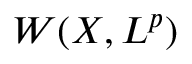
W ( X , L ^ { p } )